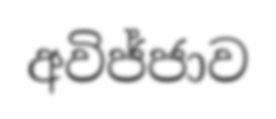
අවිජ්ජාව